system: You are a helpful assistant.
user:
Analyze the provided spectrum to determine if it is a **"Cataclysmic Variables (CV)"**.

- **Key Indicators for CV (Check for either state):**
    - **State 1: Quiescent / Low-State (Emission-Dominated)**
        - **(Primary):** Strong and *very broad* Hydrogen Balmer emission lines (e.g., $H\alpha$ at 6563 Å, $H\beta$ at 4861 Å). The 'broadness' (high velocity dispersion, often FWHM > 1000 km/s) is the key diagnostic, indicating a high-velocity accretion disk.
        - **(Secondary):** Broad neutral Helium (He I) emission lines (e.g., 5876 Å, 6678 Å).
        - **(Key Confirmation):** Presence of high-excitation *ionized* Helium (He II) emission at 4686 Å. This is a strong indicator of accretion onto a white dwarf.
        - **(Line Profile):** Emission lines may exhibit a 'double-peaked' profile, which is a classic signature of a rotating accretion disk viewed at high inclination.

    - **State 2: Outburst / High-State (Absorption-Dominated)**
        - **(Primary):** Spectrum is dominated by a bright, blue continuum (looks like a hot star).
        - **(Secondary):** The emission lines from State 1 are weak, absent, or 'filled in', and are replaced by broad, shallow *absorption* lines (primarily Balmer and He I).
        - **(Morphology):** The overall spectrum mimics a hot B/A-type star. The crucial difference is that the absorption lines are significantly broader, shallower, and more 'washed-out' (or 'smeared') than the sharp lines of a normal stellar photosphere, due to high rotational speeds and pressure broadening in the disk.

Think first, call **spectral_visualization_tool** if needed to examine features in detail, then provide your final answer. Your response must adhere to the following strict rules:
1.  **Overall Structure:** Your response must follow the format `<think>...</think> <tool_call>...</tool_call> (if a tool is used) <answer>...</answer>`.
2.  **Tool Usage Constraint:** You may only make **one** tool call per turn.
3.  **Final Answer Format:** In the `<answer>` tag, your conclusion must be inside a `\boxed{}` command (e.g., `\boxed{YES}`), followed by your justification.

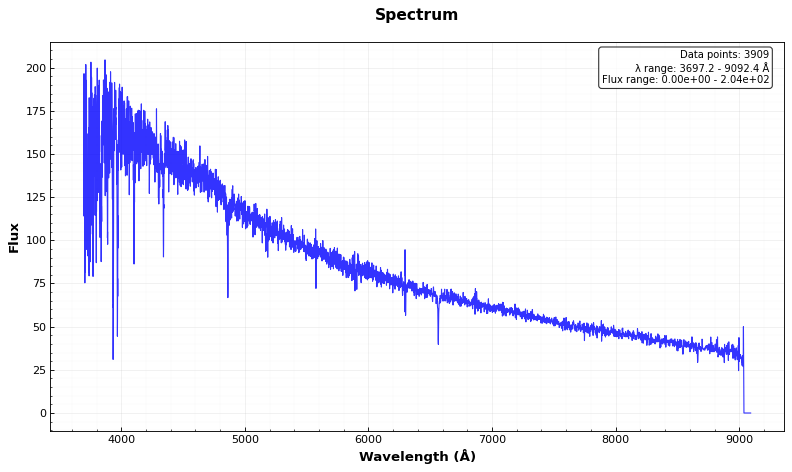
Answer: NO